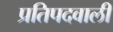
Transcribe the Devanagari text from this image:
प्रतिपदवाली